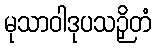
မုသာဝါဒုပသဉှိတံ